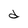
Character: d